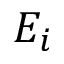
E _ { i }